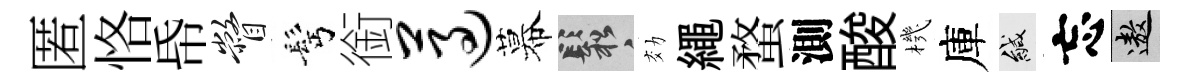
匿恪帋瞥髩銜遵幕鬆効繩蝥測酸機庫緘忘遨